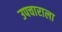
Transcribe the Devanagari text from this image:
उपचाराला